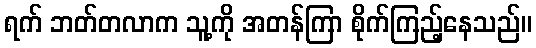
ရက် ဘတ်တလာက သူ့ကို အတန်ကြာ စိုက်ကြည့်နေသည်။